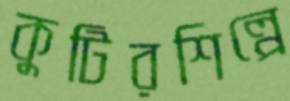
কুটিরশিল্পে